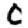
Digit: 0